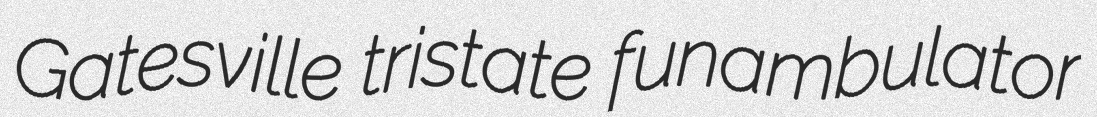
Gatesville tristate funambulator